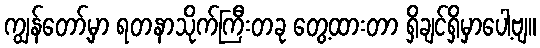
ကျွန်တော့်မှာ ရတနာသိုက်ကြီးတခု တွေ့ထားတာ ရှိချင်ရှိမှာပေါ့ဗျ။